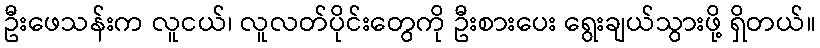
ဦးဖေသန်းက လူငယ်၊ လူလတ်ပိုင်းတွေကို ဦးစားပေး ရွေးချယ်သွားဖို့ ရှိတယ်။